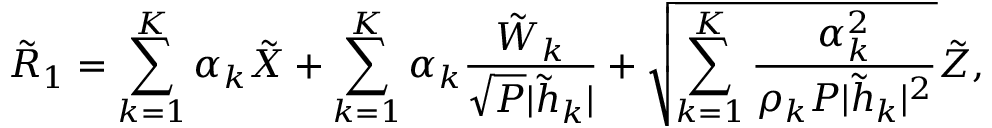
{ { { \tilde { R } } } _ { 1 } } = \sum _ { k = 1 } ^ { K } \alpha _ { k } { { \tilde { X } } } + \sum _ { k = 1 } ^ { K } \alpha _ { k } \frac { { { \tilde { W } _ { k } } } } { \sqrt { P } | \tilde { h } _ { k } | } + \sqrt { \sum _ { k = 1 } ^ { K } \frac { \alpha _ { k } ^ { 2 } } { \rho _ { k } P | \tilde { h } _ { k } | ^ { 2 } } } { { \tilde { Z } } } ,